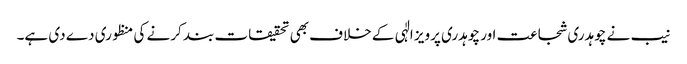
نیب نے چوہدری شجاعت اور چوہدری پرویز الٰہی کے خلاف بھی تحقیقات بند کرنے کی منظوری دے دی ہے۔